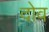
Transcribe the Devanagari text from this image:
दोव